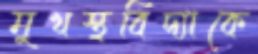
মুখস্থবিদ্যাকে